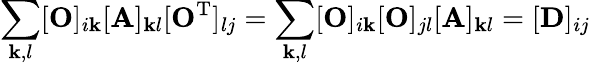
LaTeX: \sum_{\mathbf{k},l}[\mathbf{{O}}]_{i\mathbf{k}}[\mathbf{{A}}]_{\mathbf{k}l}[\mathbf{{O}}^{\mathrm{{T}}}]_{lj}=\sum_{\mathbf{k},l}[\mathbf{{O}}]_{i\mathbf{k}}[\mathbf{{O}}]_{jl}[\mathbf{{A}}]_{\mathbf{k}l}=[\mathbf{{D}}]_{ij}